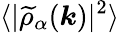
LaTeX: \langle|\widetilde{\rho}_{\alpha}(\boldsymbol{k})|^{2}\rangle